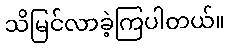
သိမြင်လာခဲ့ကြပါတယ်။